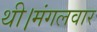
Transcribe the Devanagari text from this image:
थी।मंगलवार